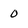
Character: 0